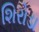
શિરોડા